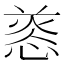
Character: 𢝑